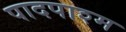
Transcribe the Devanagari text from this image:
पादपाश्म